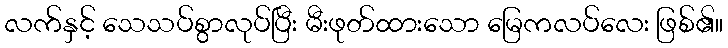
လက်နှင့် သေသပ်စွာလုပ်ပြီး မီးဖုတ်ထားသော မြေကလပ်လေး ဖြစ်၏။